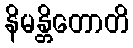
နိမန္တိတောတိ